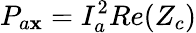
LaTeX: P_{a\mathbf{x}}=I_{a}^{2}Re(Z_{c})